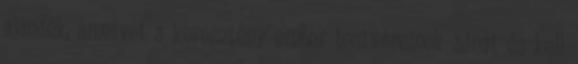
ajándék, amelyet a keresztény ember testvéreinek adhat és kell